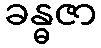
ခန္ဓဇာ